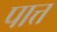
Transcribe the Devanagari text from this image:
पात्त